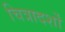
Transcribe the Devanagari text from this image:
चित्रादर्शों